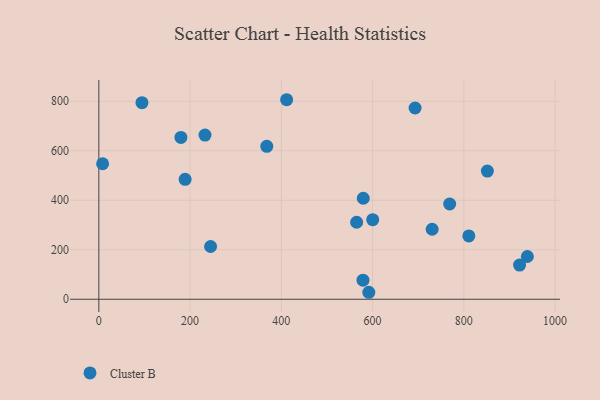
{"axis": {"x": "Price", "y": "Profit"}, "legend": ["Cluster B"], "data": [{"x": "730.5", "y": 282.9, "type": "Cluster B"}, {"x": "578.9", "y": 77.0, "type": "Cluster B"}, {"x": "851.5", "y": 517.8, "type": "Cluster B"}, {"x": "768.9", "y": 384.9, "type": "Cluster B"}, {"x": "189.1", "y": 484.4, "type": "Cluster B"}, {"x": "579.5", "y": 408.1, "type": "Cluster B"}, {"x": "368.1", "y": 618.0, "type": "Cluster B"}, {"x": "693.1", "y": 772.8, "type": "Cluster B"}, {"x": "591.7", "y": 28.2, "type": "Cluster B"}, {"x": "244.9", "y": 213.2, "type": "Cluster B"}, {"x": "810.9", "y": 255.9, "type": "Cluster B"}, {"x": "600.2", "y": 321.6, "type": "Cluster B"}, {"x": "922.1", "y": 138.1, "type": "Cluster B"}, {"x": "232.7", "y": 663.4, "type": "Cluster B"}, {"x": "939.2", "y": 172.7, "type": "Cluster B"}, {"x": "179.9", "y": 653.7, "type": "Cluster B"}, {"x": "94.5", "y": 794.3, "type": "Cluster B"}, {"x": "411.6", "y": 806.2, "type": "Cluster B"}, {"x": "8.3", "y": 547.5, "type": "Cluster B"}, {"x": "565.0", "y": 311.2, "type": "Cluster B"}]}